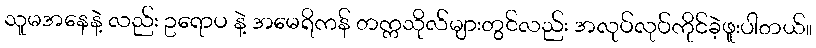
သူမအနေနဲ့ လည်း ဥရောပ နဲ့ အမေရိကန် တက္ကသိုလ်များတွင်လည်း အလုပ်လုပ်ကိုင်ခဲ့ဖူးပါတယ်။